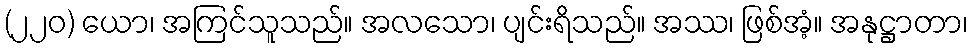
(၂၂၀) ယော၊ အကြင်သူသည်။ အလသော၊ ပျင်းရိသည်။ အဿ၊ ဖြစ်အံ့။ အနုဋ္ဌာတာ၊